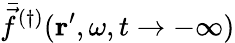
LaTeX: \bar{\vec{f}}^{(\dagger)}(\mathbf{r}^{\prime},\omega,t\rightarrow-\infty)